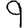
Digit: 9